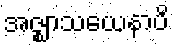
အဇ္ဈာသယေနာပိ